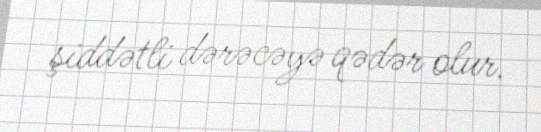
şiddətli dərəcəyə qədər olur.